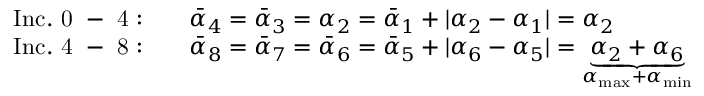
\begin{array} { r l } { \mathrm { I n c . ~ 0 ~ - ~ 4 : } \quad } & { \Bar { \alpha } _ { 4 } = \Bar { \alpha } _ { 3 } = \alpha _ { 2 } = \Bar { \alpha } _ { 1 } + | \alpha _ { 2 } - \alpha _ { 1 } | = \alpha _ { 2 } } \\ { \mathrm { I n c . ~ 4 ~ - ~ 8 : } \quad } & { \Bar { \alpha } _ { 8 } = \Bar { \alpha } _ { 7 } = \Bar { \alpha } _ { 6 } = \Bar { \alpha } _ { 5 } + | \alpha _ { 6 } - \alpha _ { 5 } | = \underbrace { \alpha _ { 2 } + \alpha _ { 6 } } _ { \alpha _ { \mathrm { m a x } } + \alpha _ { \mathrm { m i n } } } } \end{array}